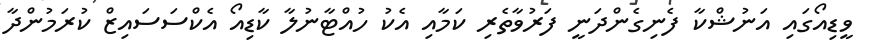
ވީޑިއޯގައި އަނުޝްކާ ފެނިގެންދަނީ ފަރުވާތެރި ކަމާއި އެކު ހުއްޓާނުލާ ކާޑިއޯ އެކްސަސައިޒް ކުރަމުންދާ